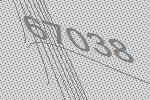
67038